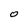
Character: O